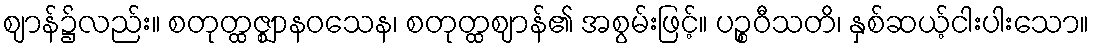
ဈာန်၌လည်း။ စတုတ္ထဇ္ဈာနဝသေန၊ စတုတ္ထဈာန်၏ အစွမ်းဖြင့်။ ပဉ္စဝီသတိ၊ နှစ်ဆယ့်ငါးပါးသော။